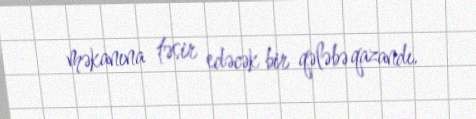
məkanına təsir edəcək bir qələbə qazandı.